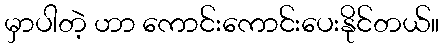
မှာပါတဲ့ ဟာ ကောင်းကောင်းပေးနိုင်တယ်။